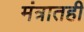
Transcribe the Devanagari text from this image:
मंत्रातही